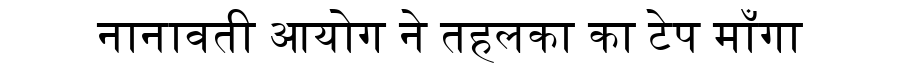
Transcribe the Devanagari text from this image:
नानावती आयोग ने तहलका का टेप माँगा